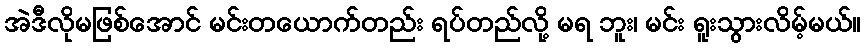
အဲဒီလိုမဖြစ်အောင် မင်းတယောက်တည်း ရပ်တည်လို့ မရ ဘူး၊ မင်း ရူးသွားလိမ့်မယ်။